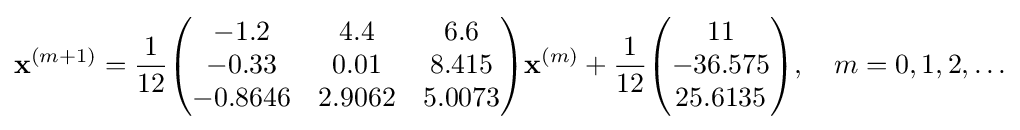
\mathbf {x} ^{(m+1)}={\frac {1}{12}}{\begin{pmatrix}-1.2&4.4&6.6\\-0.33&0.01&8.415\\-0.8646&2.9062&5.0073\end{pmatrix}}\mathbf {x} ^{(m)}+{\frac {1}{12}}{\begin{pmatrix}11\\-36.575\\25.6135\end{pmatrix}},\quad m=0,1,2,\ldots